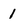
Character: 1